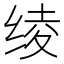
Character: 绫